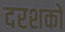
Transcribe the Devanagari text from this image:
दरशको